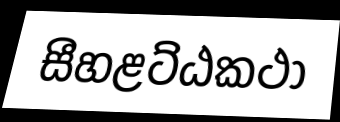
සීහළට්ඨකථා